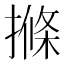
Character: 𭢌